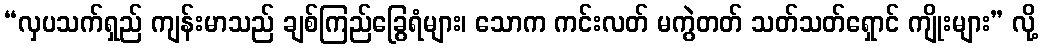
“လှပသက်ရှည် ကျန်းမာသည် ချစ်ကြည်ခြွေရံများ၊ သောက ကင်းလတ် မကွဲတတ် သတ်သတ်ရှောင် ကျိုးများ” လို့